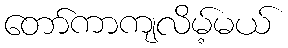
တော်ကာကျလိမ့်မယ်